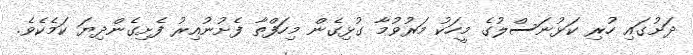
ދަށުގައި ހުރި ކަޅުނަސްލުގެ މީހަކު މަރުވުމާ ގުޅިގެން މިހަފްތާ ފެށުނުއިރު ފެށިގެންދިޔަ ކަމެކެވެ.